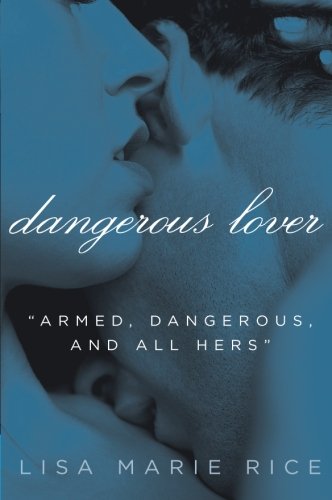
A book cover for Dangerous Lover (The Dangerous Trilogy); Lisa Marie Rice; Romance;